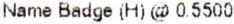
NAME BADGE (H) @ 0.5500